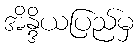
အိန္ဒိယပြည်မှ